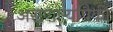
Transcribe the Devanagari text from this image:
असणाऱ्यांपैकी